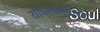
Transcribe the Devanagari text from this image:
याप्रकरच्या